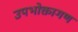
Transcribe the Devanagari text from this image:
उपभोक्तागण